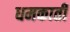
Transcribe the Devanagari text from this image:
धमकाती